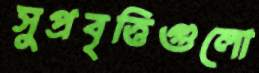
সুপ্রবৃত্তিগুলো